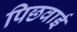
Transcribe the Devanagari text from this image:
पिछवाई